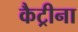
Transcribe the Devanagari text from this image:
कैट्रीना